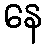
နေ